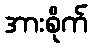
အားစိုက်